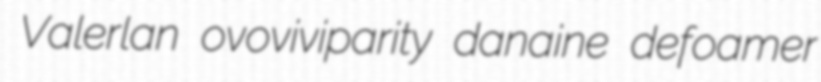
Valerlan ovoviviparity danaine defoamer